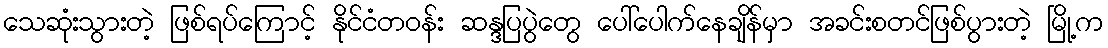
သေဆုံးသွားတဲ့ ဖြစ်ရပ်ကြောင့် နိုင်ငံတဝန်း ဆန္ဒပြပွဲတွေ ပေါ်ပေါက်နေချိန်မှာ အခင်းစတင်ဖြစ်ပွားတဲ့ မြို့က